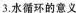
3.水循环的意义